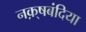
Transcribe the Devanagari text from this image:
नक़्षबंदिया